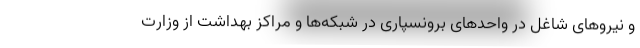
و نیروهای شاغل در واحدهای برونسپاری در شبکه‌ها و مراکز بهداشت از وزارت